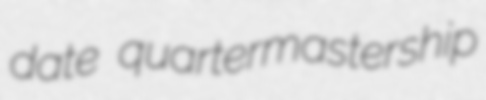
date quartermastership